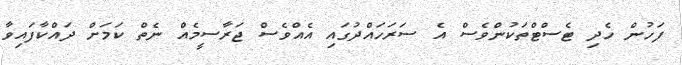
ފަހުން ހެދި ޓެސްޓްތަކުންވެސް އެ ސަރަހައްދުގައި އެއްވެސް ޖަރާސީމެއް ނެތް ކަމަށް ދައްކާފައިވާ